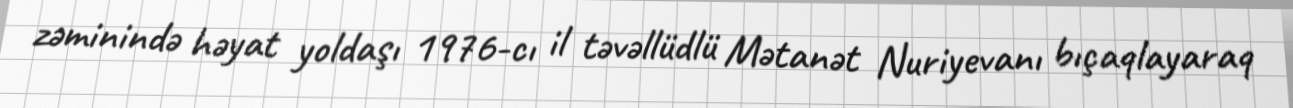
zəminində həyat yoldaşı 1976-cı il təvəllüdlü Mətanət Nuriyevanı bıçaqlayaraq